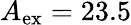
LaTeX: A_{\mathrm{ex}}=23.5